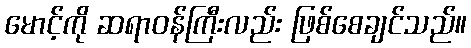
မောင့်ကို ဆရာဝန်ကြီးလည်း ဖြစ်စေချင်သည်။